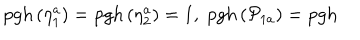
\mathrm { p g h } \left( \eta _ { 1 } ^ { a } \right) = \mathrm { p g h } \left( \eta _ { 2 } ^ { a } \right) = 1 , \; \mathrm { p g h } \left( \mathcal { P } _ { 1 a } \right) = \mathrm { p g h }